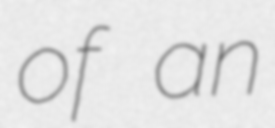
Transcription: of an